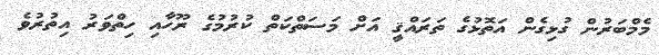
މެމްބަރުން ގުޅިގެން އަތޮޅުގެ ތަރައްޤީ އަށް މަސަތްކަތް ކުރުމުގެ ރޫހާއި ހިތްވަރު އިތުރުވެ